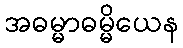
အဓမ္မာဓမ္မိယေန